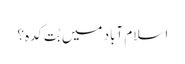
اسلام آباد میں بُت کدہ؟